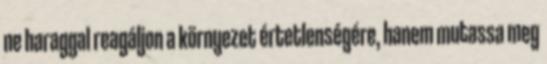
ne haraggal reagáljon a környezet értetlenségére, hanem mutassa meg